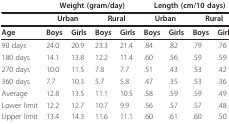
<table><thead><tr><td></td><td colspan="4"><b>Weight (gram/day)</b></td><td colspan="4"><b>Length (cm/10 days)</b></td></tr></thead><tbody><tr><td></td><td colspan="2"><b>Urban</b></td><td colspan="2"><b>Rural</b></td><td colspan="2"><b>Urban</b></td><td colspan="2"><b>Rural</b></td></tr><tr><td><b>Age</b></td><td><b>Boys</b></td><td><b>Girls</b></td><td><b>Boys</b></td><td><b>Girls</b></td><td><b>Boys</b></td><td><b>Girls</b></td><td><b>Boys</b></td><td><b>Girls</b></td></tr><tr><td>90 days</td><td>24.0</td><td>20.9</td><td>23.3</td><td>21.4</td><td>.84</td><td>.82</td><td>.79</td><td>.76</td></tr><tr><td>180 days</td><td>14.1</td><td>13.8</td><td>12.2</td><td>11.4</td><td>.60</td><td>.56</td><td>.59</td><td>.59</td></tr><tr><td>270 days</td><td>10.0</td><td>11.5</td><td>7.8</td><td>7.7</td><td>.51</td><td>.43</td><td>.53</td><td>.42</td></tr><tr><td>360 days</td><td>7.7</td><td>10.3</td><td>5.7</td><td>5.8</td><td>.47</td><td>.35</td><td>.53</td><td>.36</td></tr><tr><td>Average</td><td>12.8</td><td>13.5</td><td>11.1</td><td>10.5</td><td>.58</td><td>.59</td><td>.59</td><td>.49</td></tr><tr><td>Lower limit</td><td>12.2</td><td>12.7</td><td>10.7</td><td>9.9</td><td>.56</td><td>.57</td><td>.57</td><td>.48</td></tr><tr><td>Upper limit</td><td>13.4</td><td>14.3</td><td>11.6</td><td>11.1</td><td>.60</td><td>.61</td><td>.60</td><td>.50</td></tr></tbody></table>